Veterinary regulations India, 1939 -
Year: 1939
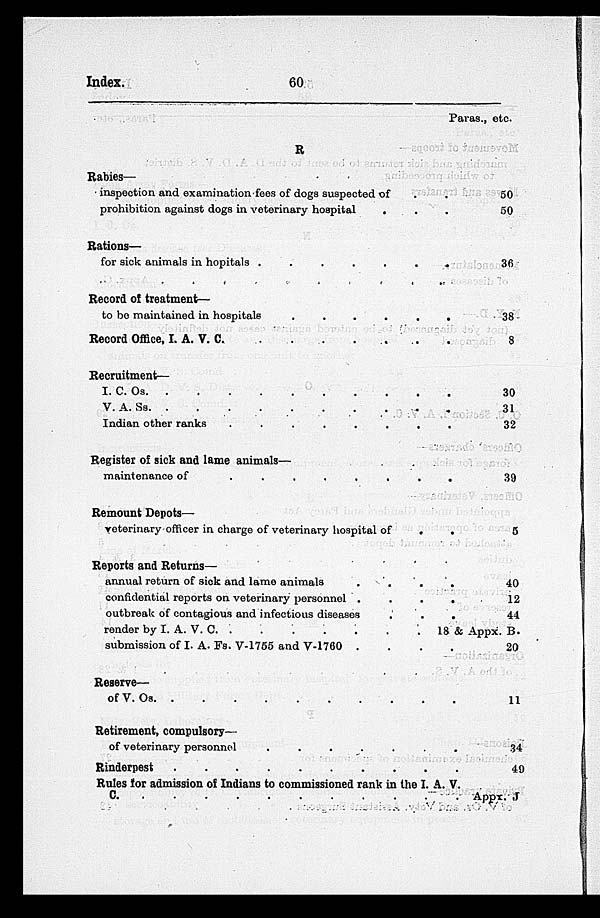
Index.
60
R
Rabies—
inspection and examination fees of dogs suspected of . .
prohibition against dogs in veterinary hospital
. . .
Rations—
for sick animals in hopitals . . . . . . . . .
Record of treatment—
to be maintained in hospitals . . . . . . . . .
Record Office, I. A. V. C
.
.
.
.
.
.
.
.
.
Recruitment—
I. C. Os
.
.
.
.
.
.
.
.
.
V. A. Ss
.
.
.
.
.
.
.
.
.
Indian other ranks
.
.
.
.
.
.
.
.
.
Register of sick and lame animals—
maintenance of
.
.
.
.
.
.
.
.
.
Remount Depots—
veterinary officer in charge of veterinary hospital of
. .
Reports and Returns—
annual return of sick and lame animals
.
.
.
confidential reports on veterinary personnel . . .
outbreak of contagious and infectious diseases . . . .
render by I. A. V. C. . . . . . . . . . .
submission of I. A. Fs. V-1755 and V-1760 . . . .
Reserve—
of V. Os
.
.
.
.
.
.
.
.
.
Retirement, compulsory—
of veterinary personnel
.
.
.
.
.
.
.
.
.
Rinderpest . . . . .
Rules for admission of Indians to commissioned rank in the I. A. V.
C
.
.
.
.
.
.
.
.
.
Paras., etc
50
50
36
38
8
30
31
32
39
5
40
12
44
18 & Appx. B.
20
11
34
49
Appx. J